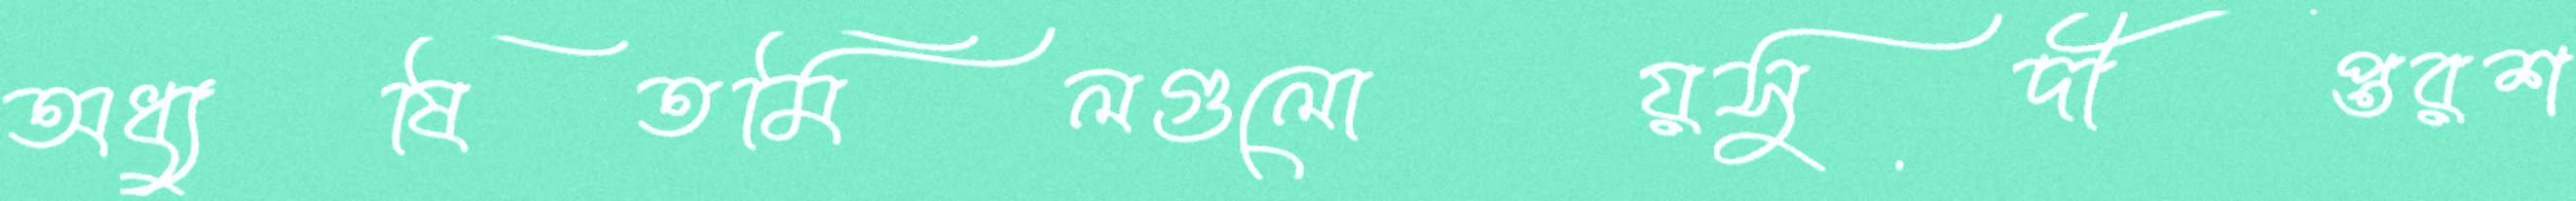
অধ্যুষিতমিলগুলোয়সুদীপ্তরশ